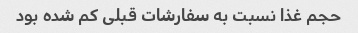
حجم غذا نسبت به سفارشات قبلی کم شده بود